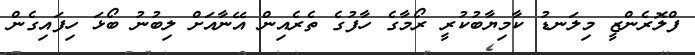
ފްލޮރެންޒީ މިލަނޑު ކާމިޔާބުކުރީ ރޯމާގެ ހާފުގެ ތެރެއިން އޭނާއަށް ލިބުނު ބޯޅަ ހިފައިގެން